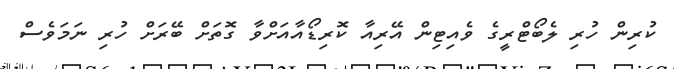
ކުރިން ހުރި ލެބޯޓްރީގެ ވެއިޓިން އޭރިއާ ކޮރިޑޯއާއަށްވާ ގޮތަށް ބޭރަށް ހުރި ނަމަވެސް